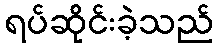
ရပ်ဆိုင်းခဲ့သည်